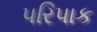
પરિપાક